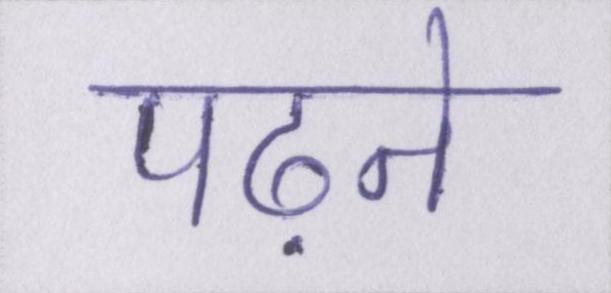
पढ़ने